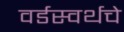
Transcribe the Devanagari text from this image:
वर्डस्वर्थचे